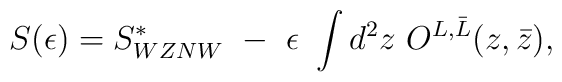
S(\epsilon)=S^{*}_{WZNW}~-~\epsilon~\int d^2z~O^{L,\bar L}(z,\bar z),